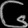
Digit: ၆